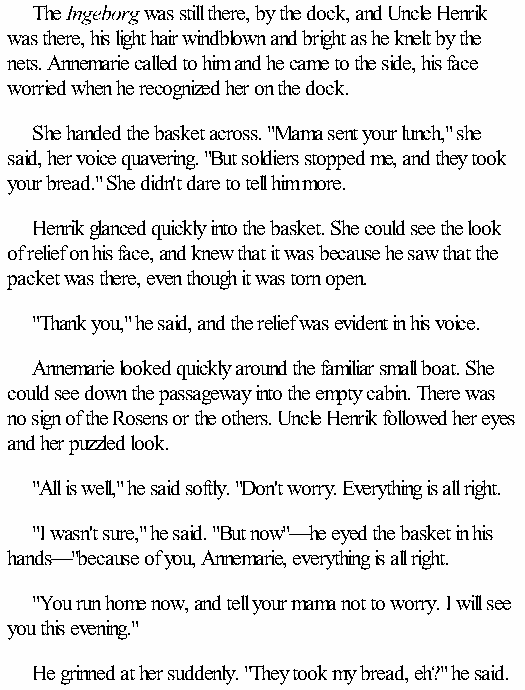
The Ingeborg was still there, by the dock, and Uncle Henrik
 was there, his light hair windblown and bright as he knelt by the
 nets. Annemarie called to him and he came to the side, his face
 worried when he recognized her on the dock.
 She handed the basket across. "Mama sent your lunch," she
 said, her voice quavering. "But soldiers stopped me, and they took
 your bread." She didn't dare to tell him more.
 Henrik glanced quickly into the basket. She could see the look
 of relief on his face, and knew that it was because he saw that the
 packet was there, even though it was torn open.
 "Thank you," he said, and the relief was evident in his voice.
 Annemarie looked quickly around the familiar small boat. She
 could see down the passageway into the empty cabin. There was
 no sign of the Rosens or the others. Uncle Henrik followed her eyes
 and her puzzled look.
 "All is well," he said softly. "Don't worry. Everything is all right.
 "I wasn't sure," he said. "But now"—he eyed the basket in his
 hands—"because of you, Annemarie, everything is all right.
 "You run home now, and tell your mama not to worry. I will see
 you this evening."
 He grinned at her suddenly. "They took my bread, eh?" he said.